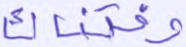
وفتناك